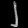
Digit: ၂